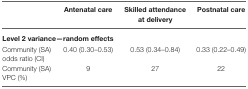
<table><thead><tr><td></td><td><b>Antenatal care</b></td><td><b>Skilled attendance at delivery</b></td><td><b>Postnatal care</b></td></tr></thead><tbody><tr><td colspan="4"><b>Level 2 variance—random effects</b></td></tr><tr><td>Community (SA) odds ratio (CI)</td><td>0.40 (0.30–0.53)</td><td>0.53 (0.34–0.84)</td><td>0.33 (0.22–0.49)</td></tr><tr><td>Community (SA) VPC (%)</td><td>9</td><td>27</td><td>22</td></tr></tbody></table>